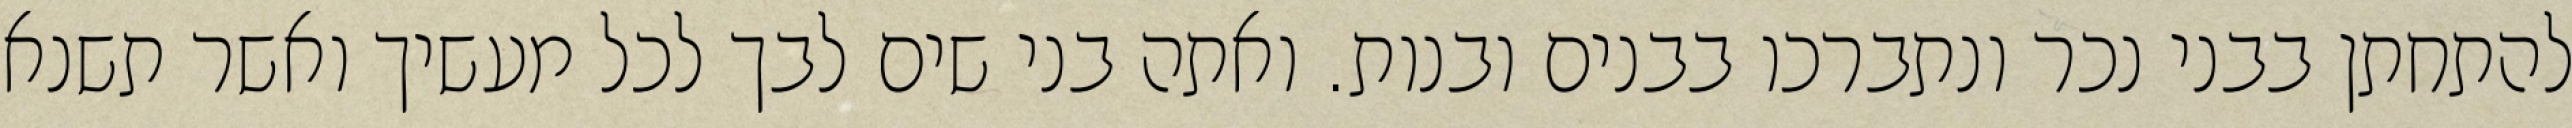
להתחתן בבני נכר ונתברכו בבנים ובנות. ואתה בני שים לבך לכל מעשיך ואשר תשנא